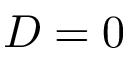
D = 0